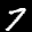
Label: 7